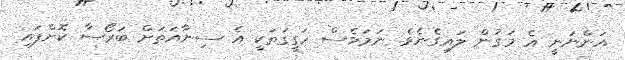
އަންނަނީ އެ މަގުން ލައިގެނެވެ. ނަމަވެސް ހަގީގަތަކީ އެ ސިނާއަތަށް ބަރޯސާ ކޮށްފައި